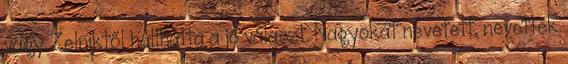
vagy Zel­niktől hallhatta a jó választ. Nagyokat nevetett, nevettek